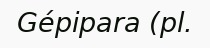
Gépipara (pl.